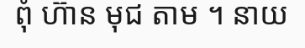
ពុំ ហ៊ាន មុជ តាម ។ នាយ